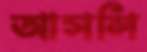
আসলি